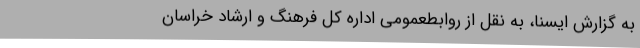
به گزارش ایسنا، به نقل از روابطعمومی اداره کل فرهنگ و ارشاد خراسان